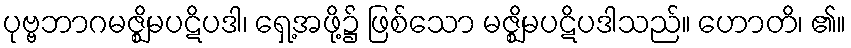
ပုဗ္ဗဘာဂမဇ္ဈိမပဋိပဒါ၊ ရှေ့အဖို့၌ ဖြစ်သော မဇ္ဈိမပဋိပဒါသည်။ ဟောတိ၊ ၏။